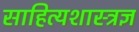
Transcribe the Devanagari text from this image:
साहित्यशास्त्रज्ञ